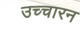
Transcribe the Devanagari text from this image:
उच्चारन